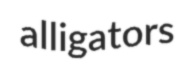
alligators